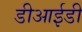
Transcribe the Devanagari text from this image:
डीआईडी